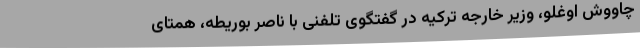
چاووش اوغلو، وزیر خارجه ترکیه در گفتگوی تلفنی با ناصر بوریطه، همتای